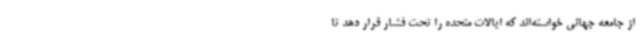
از جامعه جهانی خواسته‌اند که ایالات متحده را تحت فشار قرار دهد تا